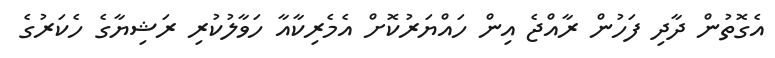
އެގޮތުން ދާދި ފަހުން ރާއްޖެ އިން ހައްޔަރުކޮށް އެމެރިކާއާ ހަވާލުކުރި ރަޝިޔާގެ ހެކަރުގެ